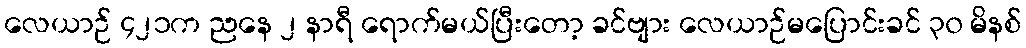
လေယာဉ် ၄၂၁က ညနေ ၂ နာရီ ရောက်မယ်ပြီးတော့ ခင်ဗျား လေယာဉ်မပြောင်းခင် ၃၀ မိနစ်